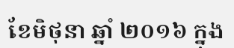
ខែមិថុនា ឆ្នាំ ២០១៦ ក្នុង